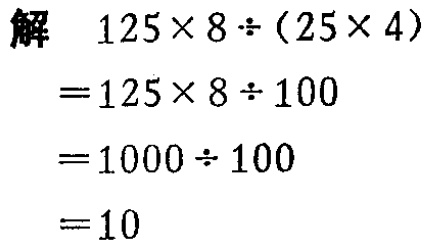
解

\[

\begin{align*}

&125\times 8\div(25\times 4)\\

=&125\times 8\div 100\\

=&1000\div 100\\

=&10

\end{align*}

\]